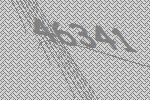
46341